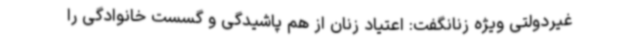
غیردولتی ویژه زنانگفت: اعتیاد زنان از هم پاشیدگی و گسست خانوادگی را